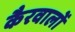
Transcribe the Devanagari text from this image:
कैरवालों